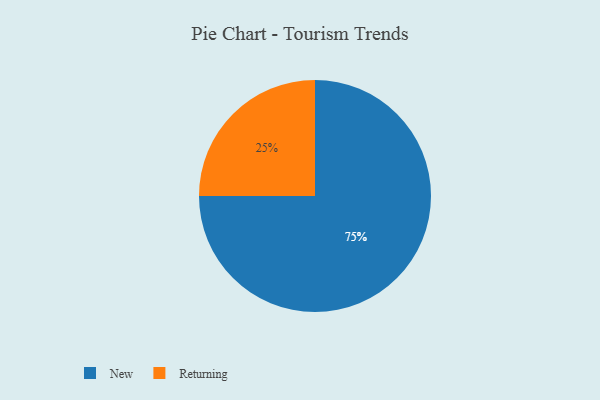
{"axis": {"x": "Category", "y": "Percentage"}, "legend": ["New", "Returning"], "data": [{"x": "New", "y": 75, "type": "New"}, {"x": "Returning", "y": 25, "type": "Returning"}]}